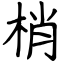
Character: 梢